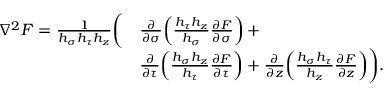
\begin{array} { r l } { \nabla ^ { 2 } F = \frac { 1 } { h _ { \sigma } h _ { \tau } h _ { z } } \bigg ( } & { \frac { \partial } { \partial \sigma } \! \left( \frac { h _ { \tau } h _ { z } } { h _ { \sigma } } \frac { \partial F } { \partial \sigma } \right) + } \\ & { \frac { \partial } { \partial \tau } \! \left( \frac { h _ { \sigma } h _ { z } } { h _ { \tau } } \frac { \partial F } { \partial \tau } \right) + \frac { \partial } { \partial z } \! \left( \frac { h _ { \sigma } h _ { \tau } } { h _ { z } } \frac { \partial F } { \partial z } \right) \! \bigg ) . } \end{array}